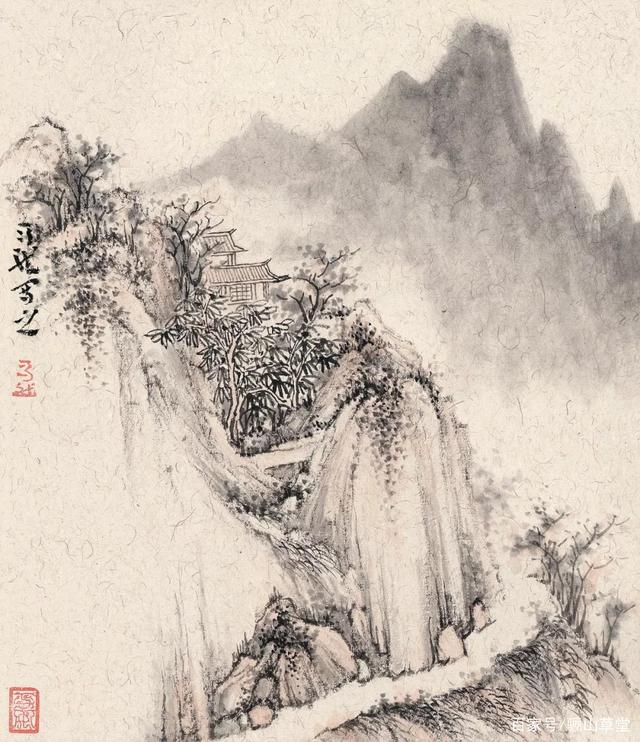
楼前柳，憔悴几秋风。